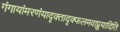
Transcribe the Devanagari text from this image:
गंगायांमरणंयादृक्तादृक्फलमवाप्नुयादिति